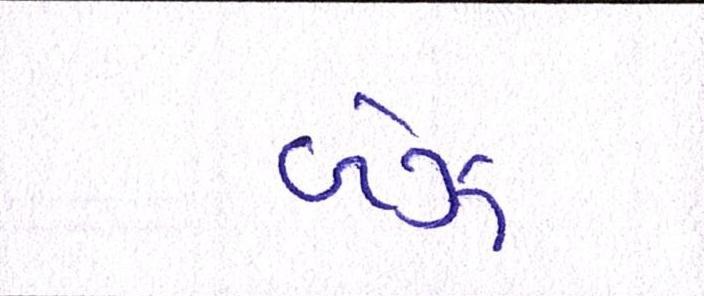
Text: બેઝ